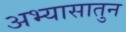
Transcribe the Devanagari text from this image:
अभ्यासातुन